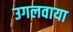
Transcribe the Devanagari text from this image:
उगलवाया